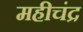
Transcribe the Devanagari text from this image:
महीचंद्र